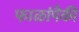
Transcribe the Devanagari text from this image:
फाळांपैकी